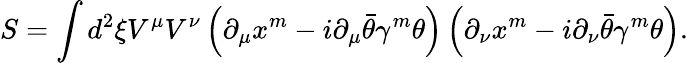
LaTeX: S=\int d^{2}\xi V^{\mu}V^{\nu}\left(\partial_{\mu}x^{m}-i\partial_{\mu}\bar{\theta}\gamma^{m}\theta\right)\left(\partial_{\nu}x^{m}-i\partial_{\nu}\bar{\theta}\gamma^{m}\theta\right).